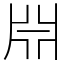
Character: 𣶒